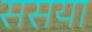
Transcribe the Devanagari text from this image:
ससया